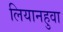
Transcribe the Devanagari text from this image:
लियानहुवा